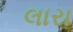
લારા